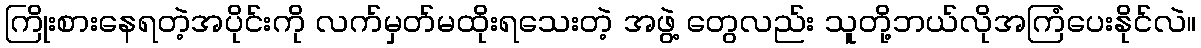
ကြိုးစားနေရတဲ့အပိုင်းကို လက်မှတ်မထိုးရသေးတဲ့ အဖွဲ့ တွေလည်း သူတို့ဘယ်လိုအကြံပေးနိုင်လဲ။